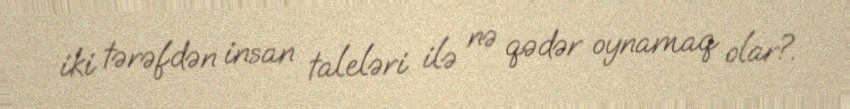
iki tərəfdən insan taleləri ilə nə qədər oynamaq olar?.